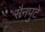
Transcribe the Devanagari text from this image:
सैनपुटे